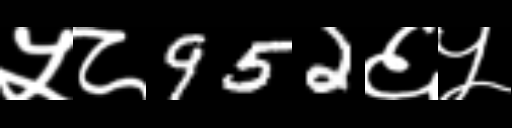
Text: ५८952६५